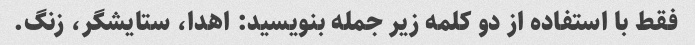
فقط با استفاده از دو کلمه زیر جمله بنویسید: اهدا، ستایشگر، زنگ.